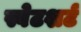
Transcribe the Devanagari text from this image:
स्वेटशर्ट